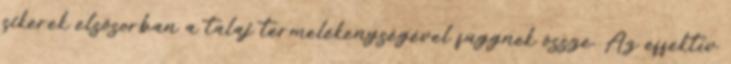
sikerek elsősorban a talaj termelékenységével függnek össze. Az effektív